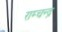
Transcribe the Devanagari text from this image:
राम्चन्द्र